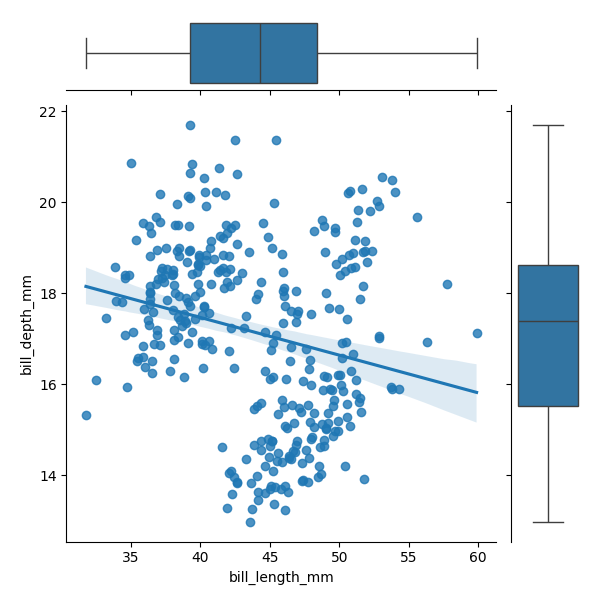
python, seaborn, JointGrid, regplot, boxplot